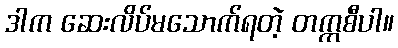
ဒါက ဆေးလိပ်မသောက်ရတဲ့ တက္ကစီပါ။